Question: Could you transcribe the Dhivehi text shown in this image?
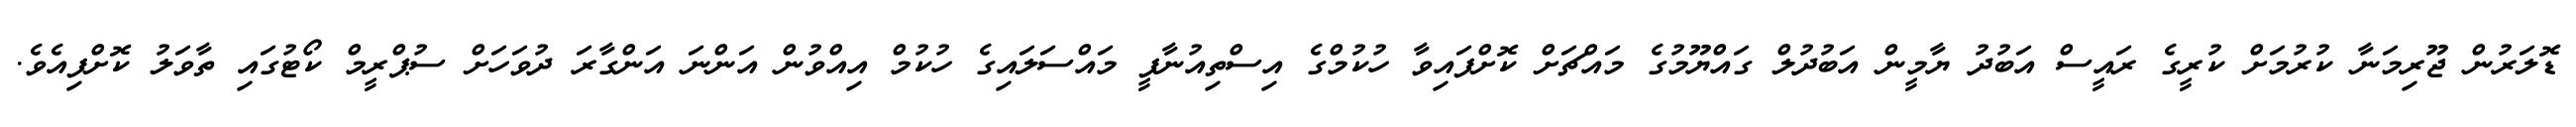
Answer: ޑޮލަރުން ޖޫރިމަނާ ކުރުމަށް ކުރީގެ ރައީސް އަބުދު ޔާމީން އަބުދުލް ގައްޔޫމުގެ މައްޗަށް ކޮށްފައިވާ ހުކުމްގެ އިސްތިއުނާފީ މައްސަލައިގެ ހުކުމް އިއްވުން އަންނަ އަންގާރަ ދުވަހަށް ސުޕްރީމް ކޯޓުގައި ތާވަލު ކޮށްފިއެވެ.